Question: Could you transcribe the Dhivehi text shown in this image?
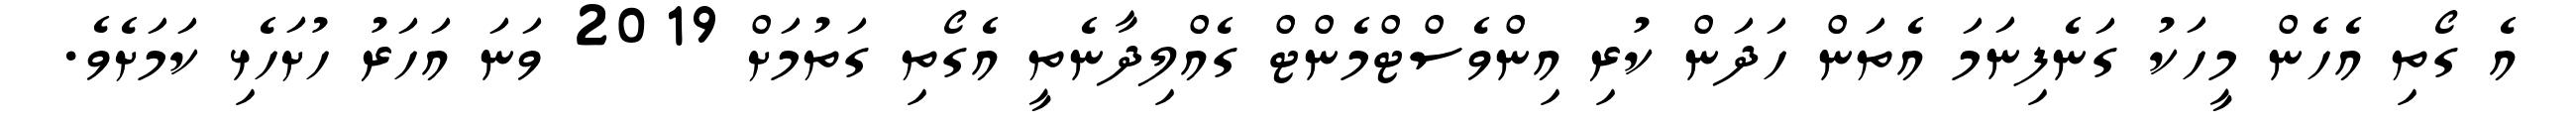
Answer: އެ ގޯތި އެހެން މީހަކު ގަނެފިނަމަ އެތަން ހަދަން ކުރި އިންވެސްޓްމެންޓް ގެއްލިދާނެތީ އެގޯތި ގަތުމަށް 2019 ވަނަ އަހަރު ހުށަހެޅި ކަމަށެވެ.